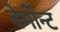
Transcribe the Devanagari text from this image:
वेर्मोन्ट